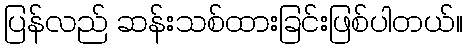
ပြန်လည် ဆန်းသစ်ထားခြင်းဖြစ်ပါတယ်။